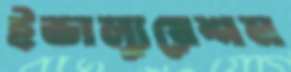
ইভাল্যুয়েশন